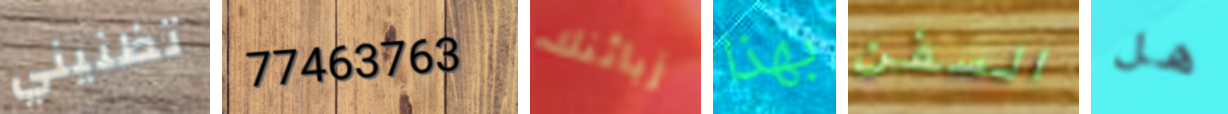
تظنيني 77463763 زبائنك بهذا السفن هل